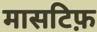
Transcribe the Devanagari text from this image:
मासटिफ़